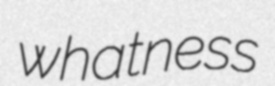
whatness